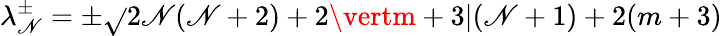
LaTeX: \lambda_{\mathscr{N}}^{\pm}=\pm\sqrt{}{{2\mathscr{N}(\mathscr{N}+2)+2\vertm+3\vert(\mathscr{N}+1)+2(m+3)}}